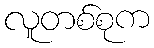
လူတစ်စုက